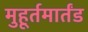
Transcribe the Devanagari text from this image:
मुहूर्तमार्तंड